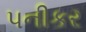
પનીકર